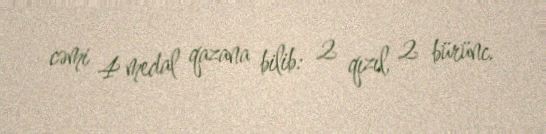
cəmi 4 medal qazana bilib: 2 qızıl, 2 bürünc.